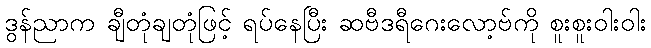
ဒွန်ညာက ချီတုံချတုံဖြင့် ရပ်နေပြီး ဆဗီဒရီဂေးလော့ဗ်ကို စူးစူးဝါးဝါး